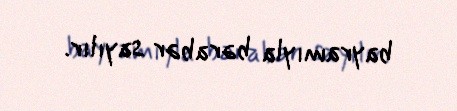
bayramıyla bərabər sayılır.